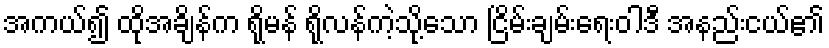
အကယ်၍ ထိုအချိန်က ရိုမန် ရိုလန်ကဲ့သို့သော ငြိမ်းချမ်းရေးဝါဒီ အနည်းငယ်၏